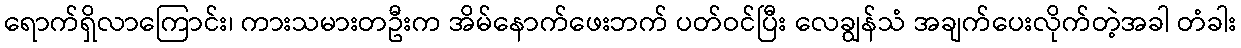
ရောက်ရှိလာကြောင်း၊ ကားသမားတဦးက အိမ်နောက်ဖေးဘက် ပတ်ဝင်ပြီး လေချွန်သံ အချက်ပေးလိုက်တဲ့အခါ တံခါး